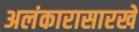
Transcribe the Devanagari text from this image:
अलंकारासारखे